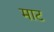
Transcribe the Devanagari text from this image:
माट